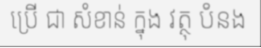
ប្រើ ជា សំខាន់ ក្នុង វត្ថុ បំនង